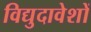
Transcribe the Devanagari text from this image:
विद्युदावेशों